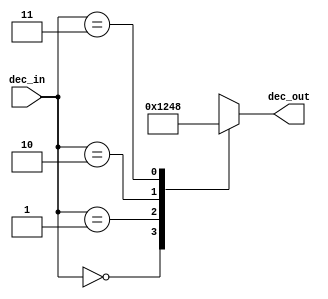
`timescale 1ns / 1ps

module decoder_2bto4(
    input [1:0] dec_in,
    output [3:0] dec_out
    );
    reg [3:0] dec_r;
    assign dec_out = dec_r;
    always @ (dec_in) begin
      case (dec_in)
       2'b00 : dec_r = 4'b0001;  
       2'b01 : dec_r = 4'b0010;  
       2'b10 : dec_r = 4'b0100;  
       2'b11 : dec_r = 4'b1000;
       default : dec_r = 4'b0000;
     endcase   
   end
endmodule